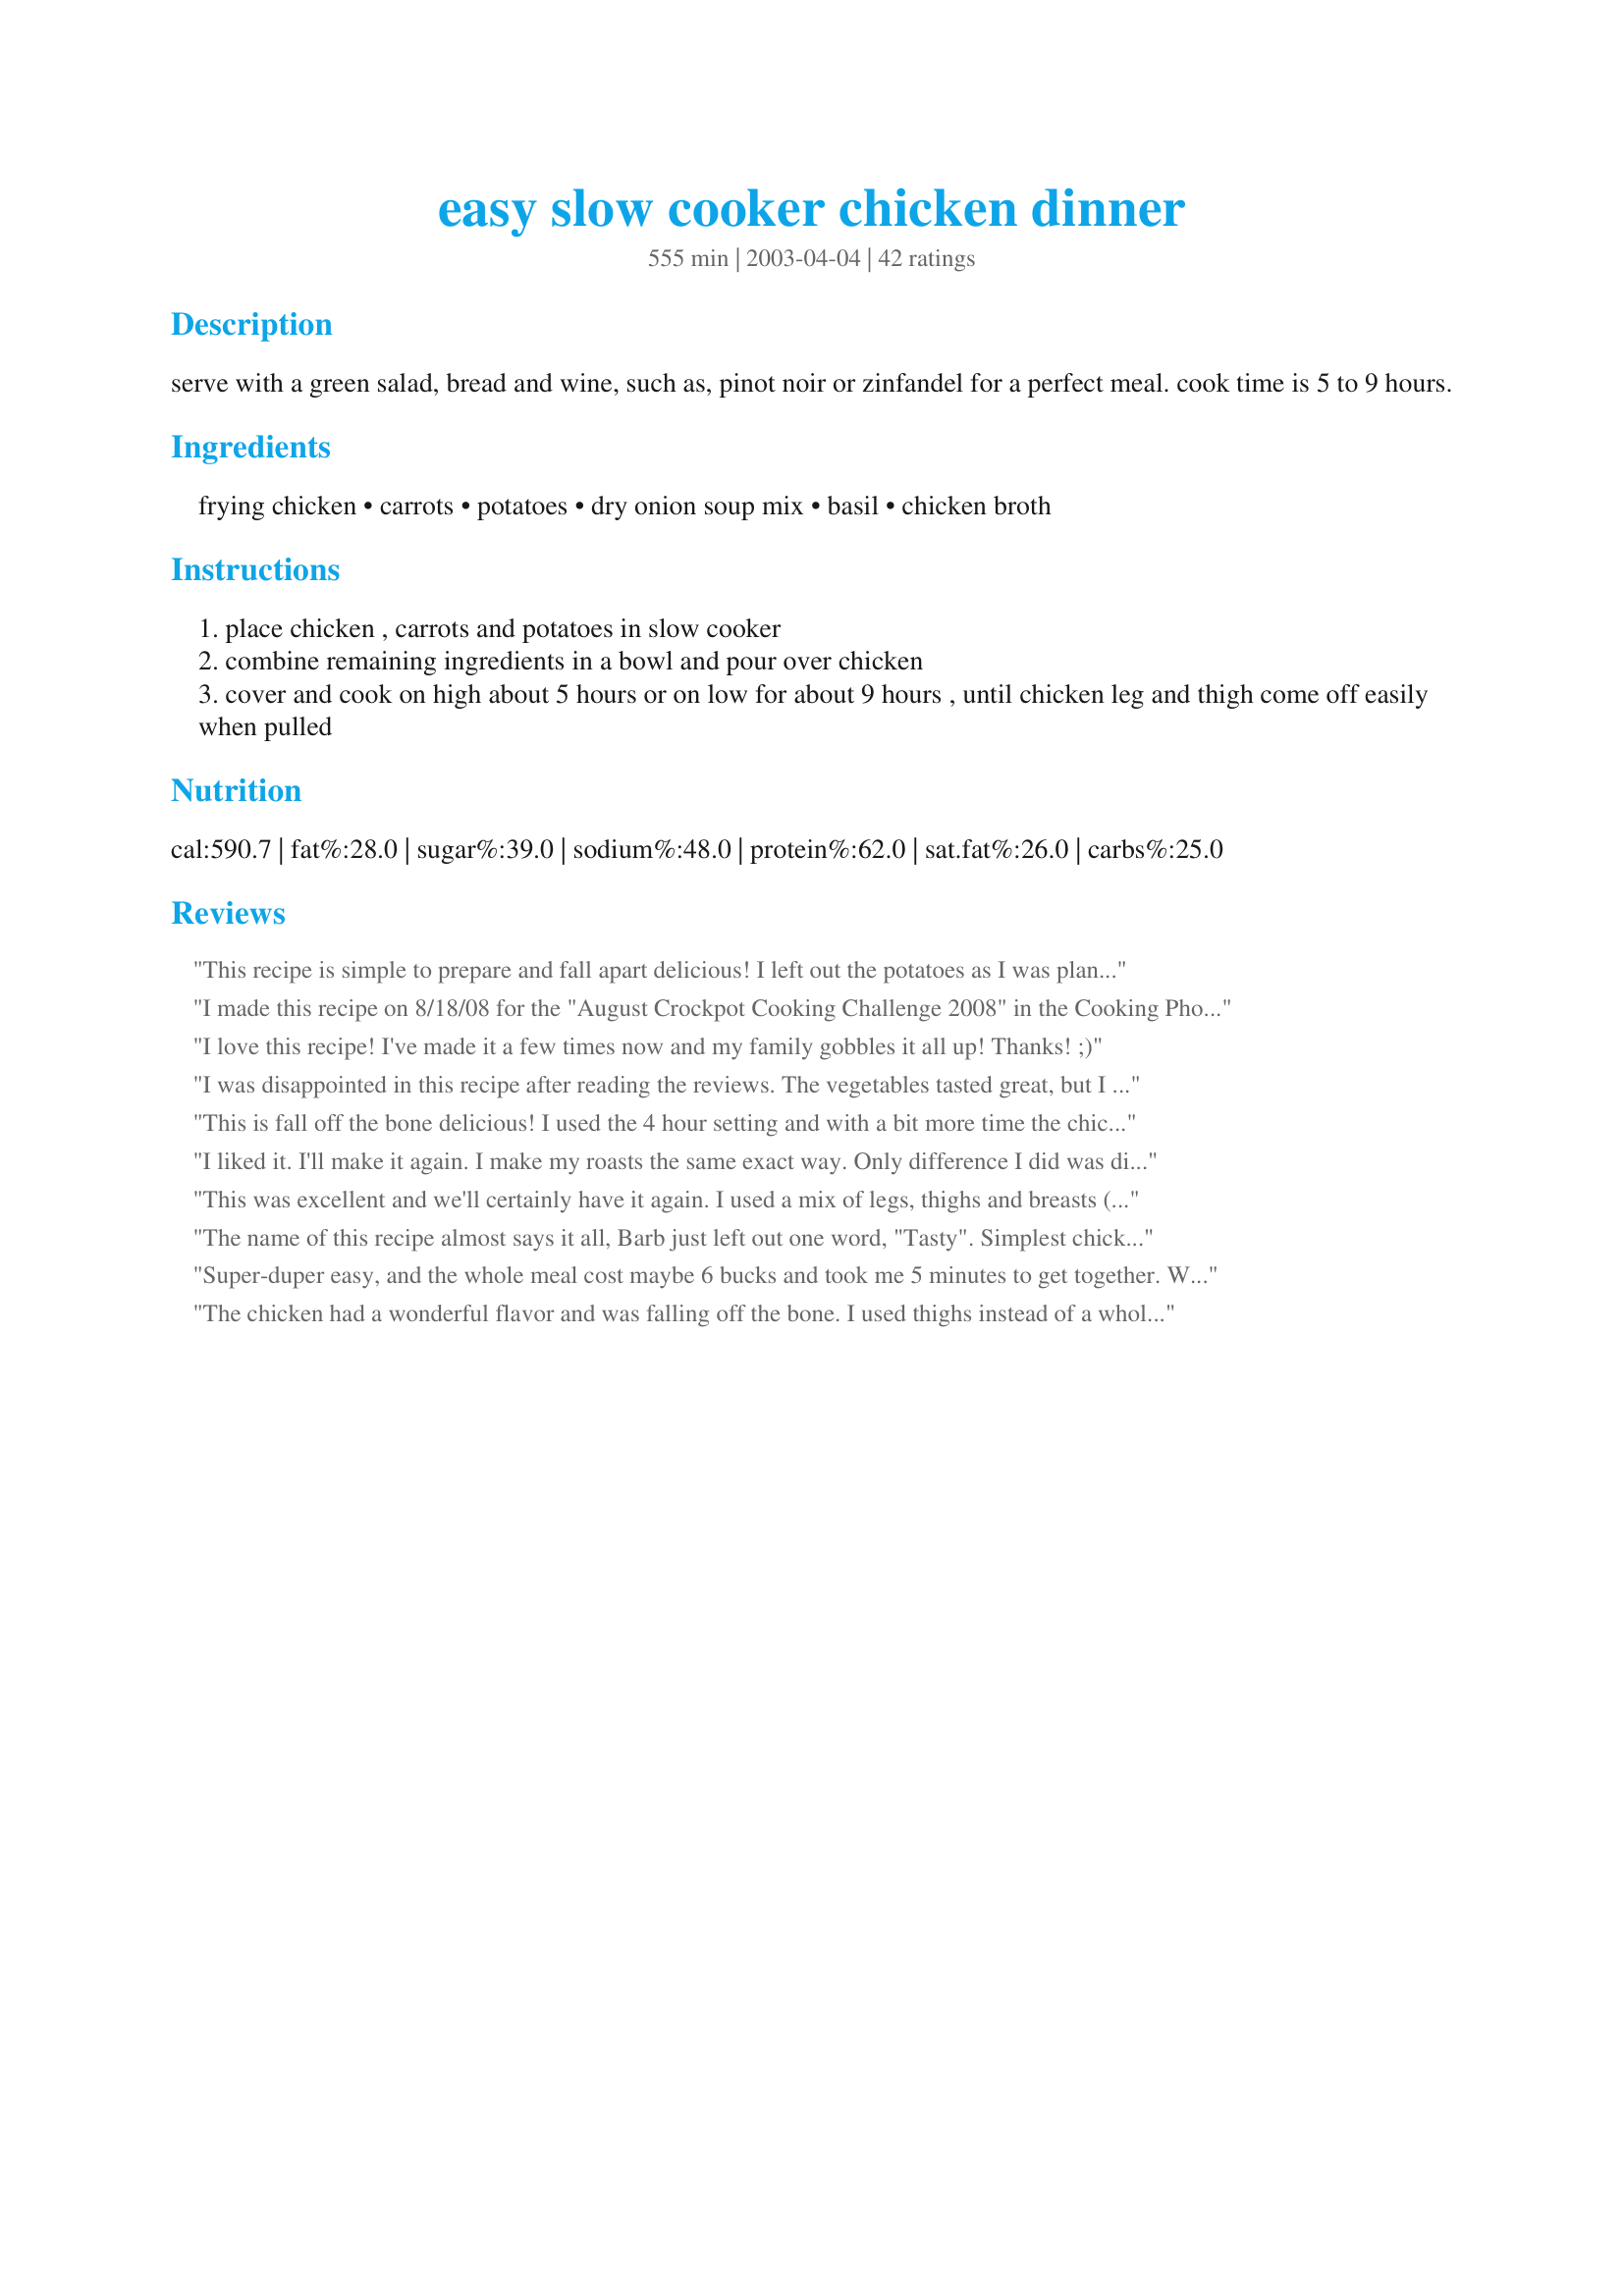
easy slow cooker chicken dinner
Preparation time: 555 minutes

serve with a green salad, bread and wine, such as, pinot noir or zinfandel for a perfect meal. cook time is 5 to 9 hours.

Ingredients:
frying chicken, carrots, potatoes, dry onion soup mix, basil, chicken broth

Steps:
place chicken , carrots and potatoes in slow cooker
combine remaining ingredients in a bowl and pour over chicken
cover and cook on high about 5 hours or on low for about 9 hours , until chicken leg and thigh come off easily when pulled

Reviews:
This recipe is simple to prepare and fall apart delicious! I left out the potatoes as I was planning to prepare mashed. I chose to use chicken broth instead of the white wine. We did not find the entire amount of soup mix to be too salty. The seasoning was perfect for our taste. I added a bit of flour mixed with water to the juices after the chicken had finished cooking and made gravy to serve over the chicken and potatoes. The carrots were cooked perfectly and our dinner was superb! Thank you, Barb!
I made this recipe on 8/18/08 for the "August Crockpot Cooking Challenge 2008" in the Cooking Photo Forum.I did make one change to the recipe I used a bag of baby carrots instead of the regular,that's what I had on hand. For the soup I used Recipe#186221, and it was just the right amount of seasonings.Also, chicken broth was used instead of the wine.The smell while it was cooking was just so good, I couldn't wait to eat. And I have to tell you the chicken was very moist, and the veggies were done to perfection.Only thing I had to add to the veggies were a little bit of salt and pepper.This will be made again.Thank you for posting and "Keep Smiling :)"
I love this recipe! I've made it a few times now and my family gobbles it all up! Thanks! ;)
I was disappointed in this recipe after reading the reviews. The vegetables tasted great, but I didn't really feel like the flavor soaked into the chicken very well. I prefer the oven-baked version I usually do, and I use a lot less ingredients! It WAS easy though.
This is fall off the bone delicious! I used the 4 hour setting and with a bit more time the chicken was done in 4 hours 30 minutes. So moist and so full of flavor. I skipped on the potatoes as I was making a special side dish instead but did place the carrots which were scrumptious too. A huge hit for us! Thanks for sharing. Tagged and made for All You Can Cook Buffet.
I liked it. I'll make it again. I make my roasts the same exact way. Only difference I did was did a cup of water with a chicken bullion cube to make the stock, and added one small chopped (big chunks) of onion. I'm not a cooked carrot fan, but I added them for flavor. I put 4 med. potatoes in because no more would fit even with a very small chicken. and I put them under the chicken. They came out perfect. I cooked for 2hrs on high and 7ish hours on low. Chicken legs and wings were VERY tender and juicy. The breasts were dry. But leftovers are soaking in the juice/broth so hopefully it will be better tomorrow.
This was excellent and we'll certainly have it again. I used a mix of legs, thighs and breasts (bone in, skinless). For the onion soup mix, I used the substitute onion soup mix Recipe #186221 (which doesn't have any MSG as many of the onion mixes do) and for the chicken broth, I used a cup of water and boullion chicken powder. Last but not least, I didn't have many potatoes, so I only included a couple. I wished I had more because they were so tastey with the herb and spice mixture. Thank you for this recipe!
The name of this recipe almost says it all, Barb just left out one word, "Tasty". Simplest chicken dinner I've ever made and eveyone liked it. I did not thicken the broth for gravy this time but will the next time I make it. Thanks for sharing.
Super-duper easy, and the whole meal cost maybe 6 bucks and took me 5 minutes to get together. We used wine and baby carrots. I had onion-mushroom soup packets in the house, so that's what I used. I actually had to salt my potato at the table, so at least with the packet I used it was not salty. Definitely not the same as roasting, but I loved the fix-it-and-forget-it convenience and the meat was fall-apart tasty. Thank you, Barb!
The chicken had a wonderful flavor and was falling off the bone. I used thighs instead of a whole chicken because I just didn't need that much. Great for people on the go who still want a homecoooked meal. Thanks Barb!
Great way to fix a whole chicken and I loved that I could do it in the crockpot and just leave it! The chicken was tender and juicy and the veggies were perfect. However, there just wasn't a lot of taste to it...it certainly wasn't salty which surprised me based on some of the comments. I'll do it again, but maybe add some more spices or something.
My slow cooker must cook hotter than yours, meal was done in 5 hours. I added a few tablespoons of Pace salsa to kick it up a notch. Good recipe,will make it again Thanks.
I made this last night and everyone loved it. When I came home the house smelled wonderful. I didn't have any carrots but no matter the potatoes were nice and tender and the chicken was nice and moist. Thanks for a no fuss dinner that tasted great Barb!
A nice easy to make meal. I used kohlrabi's instead of potatoes as I was planning on making mash potatoes. I did add the carrots and some celery. I used half chicken broth and half white wine. The smell as it cooked was heavenly. I also used a Cornish hen and it was so tender and moist it just fell off the bones.
This recipe is a real gem. It is so easy that even a beginner can succeed. The chicken was so tender it fell off the bone. The gravy was delicious and not too salty for us. I spooned some of the gravy over the rice that I served with the chicken--YUM!! Thank-you Barb Gertz, for a fantastic meal.
This was very tasty; we loved it! Thank you Barb for sharing.I use onion soup base with no MSG from the bulk barn. Love that slow cooker!
Made this again in my small slow cooker with 2 chicken breasts bone in.Great meal for 2.
Rita
This recipe has a good taste but could have a little stronger flavor. Thanks for posting.
I used chicken thighs and no veggies as I did our own sides. The meat was falling off the bone and so good, not salty at all! Thank you for a great recipe!
This was a good meal, but not as flavorful as I would have hoped. Maybe add some salt next time? Chicken was falling off the bone tender though, and perhaps I too, should have thickened the juices for gravy.
I made this with a 6 pound chicken and added the carrots and potatoes and cooked it on high for alittle over 5 hours. It turned out alright...but not half as good as just roasting a chicken. I used chicken broth for the liquid and the potatoes and carrots took on that taste. Maybe it would have been better with wine.
This was wonderful. I used one cup of chicken stock and 1/2 cup of white wine. I cooked it in the instant pot for 35 minutes and sauteed it in a little oil in the pot before cooking it.
Barb, this is a WONDERFUL recipe! It was so cold and miserable here yesterday, but I came home to a fabulous, "comfort food" meal - one of those dinners that warms you from the inside-out! The only change I made to the recipe was to use frozen chicken breasts, instead of a whole chicken (we don't eat dark meat). The chicken, potatoes, and carrots cooked for 8 hours in the crock pot on low. BTW the juice in the bottom of the pot made an awesome gravy for the BF's potatoes! :) Thanks, again, Barb! We really enjoyed this recipe!
It's so nice to come home and have a delicious meal cooked and ready to be served. Very satisfying! This recipe was really good and really easy. It only took me a few minutes in the morning to prepare, and the results were great. I used drumsticks instead of a fryer chicken, and they were excellent. The only change I might make in the future is to cut down on the salt by using half of the soup mix. This is a great, easy recipe. Thanks!
i made this with split chicken breasts and actually used carrots, but i used the baby carrots. did not love the carrots, ugh, but the chicken and potatoes were terrific. will make again and make DH eat my carrots.
Excellent recipe. Easy to adjust to using different vegetables and herbs. I used fresh Rosemary and Sage ... added celery, mushrooms and garlic ... Very Tasty!
My chicken turned out perfect! It fell right off the bone and was so tender and moist! I will def. make this again.
This recipe saved the day for me. I have been so busy lately and was in a jam for something to make for dinner. I had all the ingredients and put everything in the crockpot just like the recipe stated. I used white wine and liked the flavor. Turned out great. Chicken was tender and juicy. Veggies were tender also. Best of all, I wasn't tied up in the kitchen. Thanks Barb.
The chicken was tender but did not absorb any of the flavor of the onion soup, stock or wine (I used 50/50 there). The carrots were excellent & the potatoes ended up being too tough on the outside. I just don't see myself making this again. I'd rather spend the time to roast it in the oven.
Made this last night for dinner and it was very good. My kids loved it and that is quite an accomplishment to find something that they agree on. It was yummy. Thank you!
I used 1/2 wine and 1/2 broth. By the time I got home to put it on the table, it was half gone!
This was very bland, no flavor at all. Will not make this again.
Very tasty and very easy. I made it using 6 skinless, boneless chicken breasts, used one giant sweet potato cut into one-and-a-half-inch chunks (cause I didn't have enough regular potatoes), 3 tablespoons of onion soup mix (cause I buy the no msg mix in bulk), and used more liquid (1 3/4 cups chicken broth and 1/4 cup white wine). Served it with a green salad as suggested. Thanks, Barb Gertz, for sharing this.
Sorry to go against the majority here, but my family really didn't enjoy this. It smelled wonderful when it was cooking, but the dish was bland at best. I used half white wine and half stock. Perhaps it lacked flavour because I didn't use all of the onion soup powder in order to avoid over salting it, but I don't think that would have helped much. Wish we would have liked it more.
This was pretty good. I would note to make sure the chicken is on the bottom; our breasts were kind-of dry and the vegetables were a little too seasoned for me. Nice and easy, though. It was nice to have a warm dinner waiting for us on this cold day!
I SO wanted this recipe to work... I spent all day at work looking forward to it, and alas, it was a disaster! And I don't know WHY?!?
I followed the recipe to a T (even using under a cup of liquid), however I came home to find almost a soup!!! I used a whole bird that promptly disintegrated when I tried to remove it. I did salvage some meat along with the vegies (and it was tasty!) but this just didn't work for me at all.... sorry! It sounded great! NB. This was definitely cooked on low too!
I've roasted whole chickens before but this was my first time using one in the slow cooker. I was pretty pleased with the outcome! The chicken was great, tender and falling off the bone. The sauce was tasty and the veggies were great too. The entire onion soup mix wasn't overpowering at all. (though I have a box of it that I wanted to use up this time, next time I'll stick with the homemade versions to cut out all of that sodium) Next time I try this, I'd probably use skinless chicken to cut out a lot of the grease that accumulated in the cooker. Nice easy recipe! Thanks!
This would have to be the best thing I have made in my crockpot so far & the easiest roast I have probably ever cooked! I browned the chicken in the oven for 1/2 hour before serving & made a delicious gravy with the juices. Will be definetly be having this again & have already given out copies for friends!
Wonderful Meal. It turned out great! My kids loved it and that is always the ultimate test. Thanks SO Much!
I have made this recipe for years. It is so good and with the leftover chicken and stock you can make homemade chicken noodle soup. I add cut up celery instead of potatoes because I serve mash potatoes with my chicken. You can put up to a 6 pound chicken into the large Rival oval slow cooker. The temperature popper in chicken helps to determine when the chicken is done. If the popper hasn't come up by the time you want the meal to be finished, turn your crockpot to high the last one hour.
the recipe was easy to make for a simple weeknight meal but tasted somewhat bland. if i made it again, i would probably add some spices for more of a "kick".
Really, really yummy. Will make this regularly. Thanks for sharing!
I made this today and it was fantastic. I used chicken thighs instead because that is all we had in the house. It turned out great, the whole package of onion soup mix was not to salty at all. It was nice to throw this all together go on with my day and 5 hours later I had a wonderful dinner. Thanks Barb for posting this is a keeper in our house.
